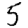
Digit: 5